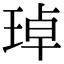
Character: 琸